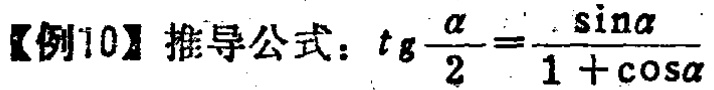
【例10】推导公式：$tg\frac{\alpha}{2}=\frac{\sin\alpha}{1 + \cos\alpha}$